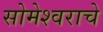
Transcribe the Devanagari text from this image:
सोमेश्वराचे